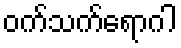
ဝက်သက်ရောဂါ